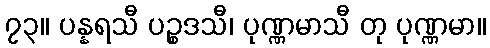
၇၃။ ပန္နရသီ ပဉ္စဒသီ၊ ပုဏ္ဏမာသီ တု ပုဏ္ဏမာ။